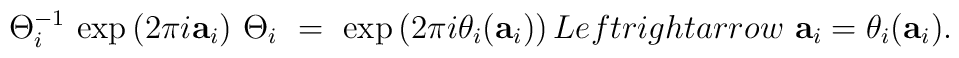
\Theta_i^{-1} \, \exp \left( 2 \pi i \mathbf{a}_i \right) \, \Theta_i\ = \ \exp \left( 2 \pi i \theta_i(\mathbf{a}_i )\right) \\Leftrightarrow \ \mathbf{a}_i = \theta_i(\mathbf{a}_i).